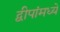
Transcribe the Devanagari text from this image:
द्वीपांमध्ये